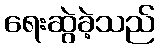
ရေးဆွဲခဲ့သည်